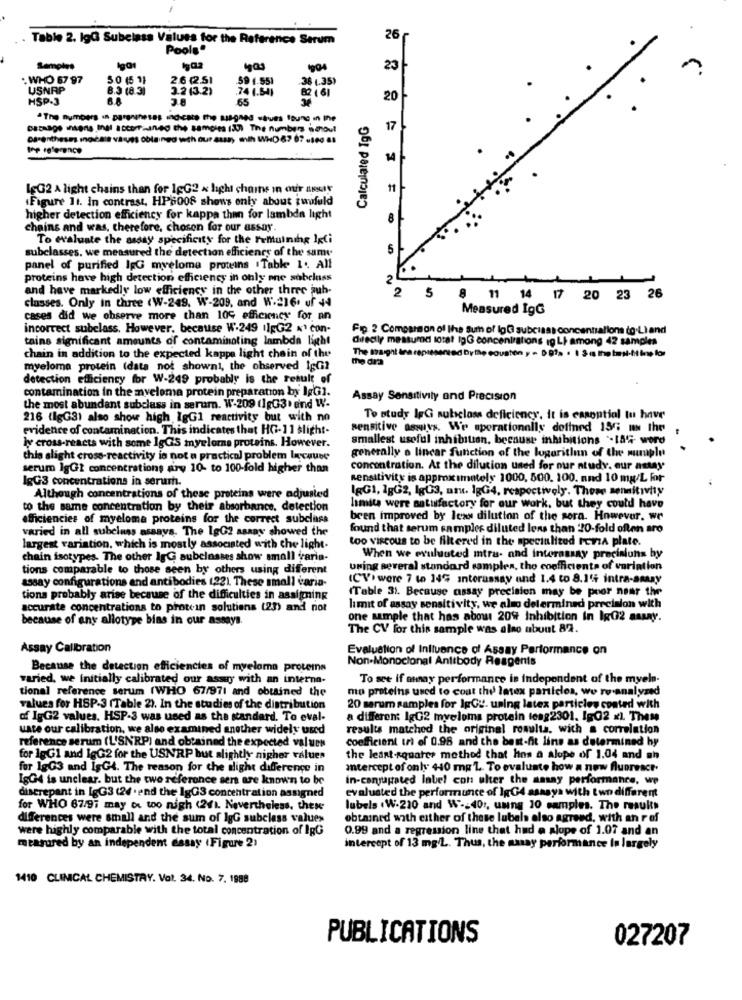
Table 2. lgG Subclass Values for the Reference Serum
26
Pools.
1904
23-
: WHO 67 97
5.0 (5 1)
2.6 (2.51
59 4.551
.36 (.35)
USNAP
8.3 (8.31
3.2 (3.21
.74 1.54)
82 ( 61
HSP-3
65
20
The numbers in parentheses indicate the signed .hues loung in the
Calculated TgG
17
parentheses. mnoals va ues Obtained with our aussy anih WHD 67 87 -100 81
lgG2 A light chains than for 16G2 x light chams in our assay
(Figure It. In contrast, HP8008 shows only about zwofuld
higher detection efficiency for kappa then for lambda light
chains and was, therefore, choson for our assay.
To evaluate the assay specificity for the Femtuining IgCi
subclasses. we measured the detection efficiency of the same
5
panel of purified IG myeloma proteins Table 1. All
proteins have high detection efficiency in only one sobelass
2
and have markedly low efficiency in the other three auh-
2
classes. Only in three (W-249. W-209, and W.216. uf 44
5
11 14 17 20 23 26
Measured IgG
cases did we observe more than 10℃ efficiency for an
incorrect subclass. However, because W.249 (15G2 x' con-
Fip 2 Comparmon of the Sum of lgG subclass concentiallons do.Li and
taine significant amounts of contaminating lambda light
diecily mesturod sotat IgG concentrations ig LI among 42 samples
chain in addition to the expected kappe light chain of the
The taight ina represented Dythe counten , - Dia . 1 3 ( thetmil-tilme lo
myeloma protein (data not showni, the observed IgGi?
detection efficiency for W-249 probably is the result of
contamination in the myeloma protein preparation by IgG1.
Assay Sensitivily ond Precision
the most abundant subclass in serum. W-209 (1gG3) end W-
216 (lgG3) also show high, IgG1 reactivity but with no
To study IpG subclass deficiency, it is casential tu have
evidence of contamination. This indicates that HG-11 slight-
sensitive asNulys. We aporationally dofined 155 mw the
smallest useful inhibition, because inhibitions -18G word
ly cross-reacts with some IgGS myeloma proteins. However.
this slight cross-reactivity is not a practical problem lacause
generally a linear function of the logarithun of the muuple
serum lgGt concentrations ary 10- to 100-fold higher than
concentration. At the dilution used for our study. our actay
lgG3 concentrations in serumh.
Rensitivity is approximately 1000, 500. 100. and 10 mg/L For
lgG1, 1gG2, lgG3, aru. 1gG4, respectively. These sensitivity
Although concentrations of these proteins were adjusted
to the same concentration by their absorbance. detection
limite were satisfactory for our work, but they could have
efficiencies of myeloma proteins for the correct subclass
been improved by less dilution of the sera. However. wr
varied in all subclass assays. The 1gG2 asany showed the
found that serum samples diluted lens than 10-fold often aro
too viscous to be filtered in the specialited Perza plate.
largest variation, which is mostly associated with the light.
chain isotypes. The other IgG subclasses show small varia-
When we evuluuted mtru- and interassay precisiuns by
tions comparable to those seen by others using different
uwing several standard samples, tho coefficients of variation
(CV) were 7 to 14℃ interassay and 1.4 to 8.1'+ intra-amany
assay configurations and antibodies (22). These small varia-
(Table 3). Because assay precision may be poor near the
tions probably arise because of the difficulties in assigning
accurate concentrations to protein solutions (23) and not
limit of assay sensitivity, we also determined precision with
because of any allotype bias in our assays.
one sample that has about 209 Inhibition In Ig02 aswy.
The CV for this sample was also ubunt 82.
Assay Calibration
Evaluation of Influence of Assay Performance on
Non-Monoclonal Antibody Reagents
Because the detection efficiencies of myeloma proteins
varied, we Initially calibrated our assay with an interna-
To see if onay performance is independent of the myelo-
tional reference serum (WHO 67/971 and obtained the
mo proteins used to coat this latex particles, we ro analyzed
values for HSP-3 (Table 2). In the studies of the distribution
20 marum samples for IpGy. using latex particles coated with
of IgG2 values. HSP-3 was used as the standard. To eval-
a differen IgG2 myeloma protein teng2301. Ig02 x). These
uate our calibration. we also examined another widely used
results matched the original reaults, with a correlation
reference serum (L'SNRP) and obtained the expected values
coefficient tr of 0.98 and the best-fit line as determined by
for 1gG1 and 1gG2 for the USNRP but slightly nigher values
the least-squares method that hos a alope of 1.04 and sh
for 1gG3 and IsG4. The reason for che slight difference in
Intercept of only 440 mg L. To evaluate how a new fluoreact.
IşG4 is unclear. but the two reference sen are known to be
in-conjugated label con ulter the asany performance, we
evaluated the performance of IgG4 asasya with two different
discrepant in lgG3 (24 .end the IgGS concentration assigned
for WHO 67/97 may or too nigh (241. Nevertheless, these
lubels .W.210 and W- 40 :, unng 10 samples. The results
differences were small and the sum of lgG subclass values
obtained with either of these lubels elso agreed, with an rof
were highly comparable with the total concentration of IpG
0.99 and a regression line that had a slope of 1.07 and an
measured by an independent essay (Figure 2)
intercept of 13 mg/L. Thus, the amay performance in largely
1410 CLINICAL CHEMISTRY. Vol. 34. No. 7. 1988
PUBLICATIONS
027207